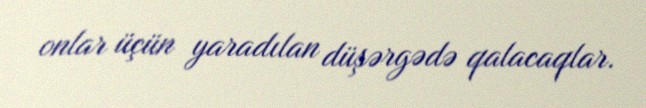
onlar üçün yaradılan düşərgədə qalacaqlar.